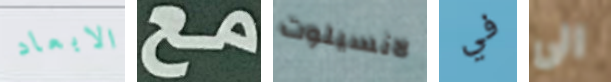
الابعاد مع لانسيلوت في الى